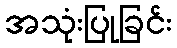
အသုံးပြုခြင်း